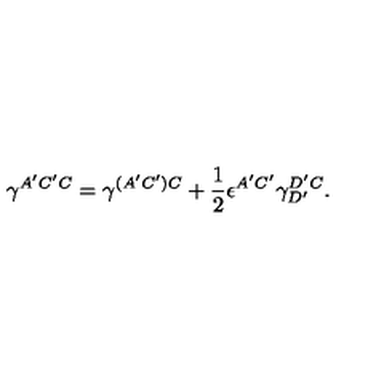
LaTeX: \gamma ^ { A ^ { \prime } C ^ { \prime } C } = \gamma ^ { ( A ^ { \prime } C ^ { \prime } ) C } + { \frac { 1 } { 2 } } \epsilon ^ { A ^ { \prime } C ^ { \prime } } \gamma _ { D ^ { \prime } } ^ { D ^ { \prime } C } .